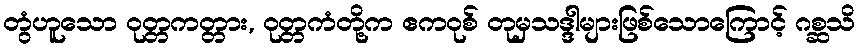
တွံဟူသော ဝုတ္တကတ္တား, ဝုတ္တကံတို့က ဧကဝုစ် တုမှသဒ္ဒါများဖြစ်သောကြောင့် ဂစ္ဆသိ